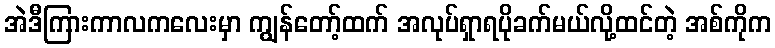
အဲဒီကြားကာလကလေးမှာ ကျွန်တော့်ထက် အလုပ်ရှာရပိုခက်မယ်လို့ထင်တဲ့ အစ်ကိုက